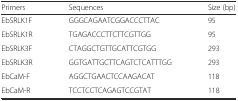
<table><thead><tr><td><b>Primers</b></td><td><b>Sequences</b></td><td><b>Size (bp)</b></td></tr></thead><tbody><tr><td>EbSRLK1F</td><td>GGGCAGAATCGGACCCTTAC</td><td>95</td></tr><tr><td>EbSRLK1R</td><td>TGAGACCCTTCTTCGTTGG</td><td>95</td></tr><tr><td>EbSRLK3F</td><td>CTAGGCTGTTGCATTCGTGG</td><td>293</td></tr><tr><td>EbSRLK3R</td><td>GGTGATTGCTTCAGTCTCATTTGG</td><td>293</td></tr><tr><td>EbCaM-F</td><td>AGGCTGAACTCCAAGACAT</td><td>118</td></tr><tr><td>EbCaM-R</td><td>TCCTCCTCAGAGTCCGTAT</td><td>118</td></tr></tbody></table>